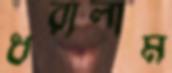
ধরালাম